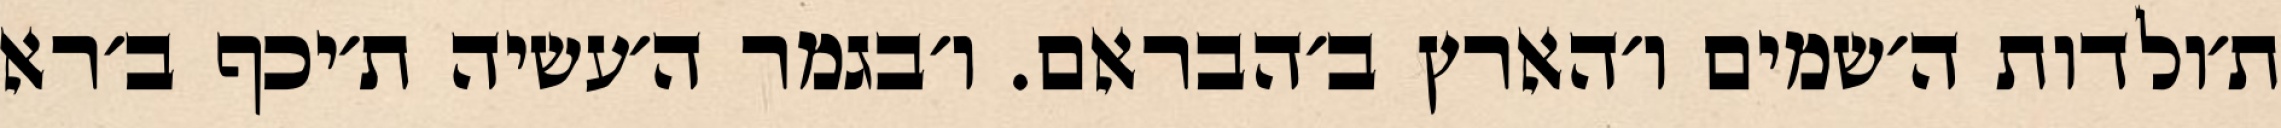
ת׳ולדות ה׳שמים ו׳הארץ ב׳הבראם. ו׳בגמר ה׳עשיה ת׳יכף ב׳רא